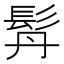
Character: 𩬅